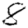
Digit: 8